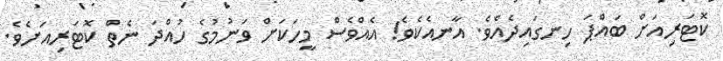
ކޮޓަރިއަށް ބައްޕަ ހިނގައިދެއެވެ. އާނއެކެވެ! އެއްވެސް މީހަކަށް ވަނުމުގެ ހުއްދަ ނެތް ކޮޓަރިއަށެވެ.